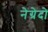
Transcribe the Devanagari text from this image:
नेग्रेदो